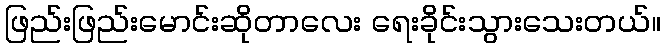
ဖြည်းဖြည်းမောင်းဆိုတာလေး ရေးခိုင်းသွားသေးတယ်။